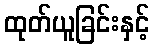
ထုတ်ယူခြင်းနှင့်